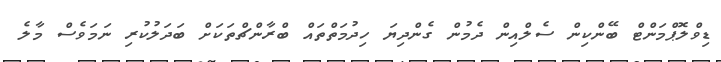
ޑިވްލޮޕްމަންޓް ބޭންކިން ސެލްއިން ދެމުން ގެންދިޔަ ހިދުމަތްތައް ބްރާންޗްތަކަށް ބަދަލުކުރި ނަމަވެސް މާލެ